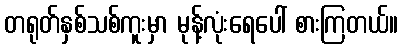
တရုတ်နှစ်သစ်ကူးမှာ မုန့်လုံးရေပေါ် စားကြတယ်။